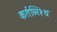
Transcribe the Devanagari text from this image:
कर्तव्निश्थ